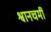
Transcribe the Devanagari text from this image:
श्वानचर्मी